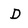
Character: D